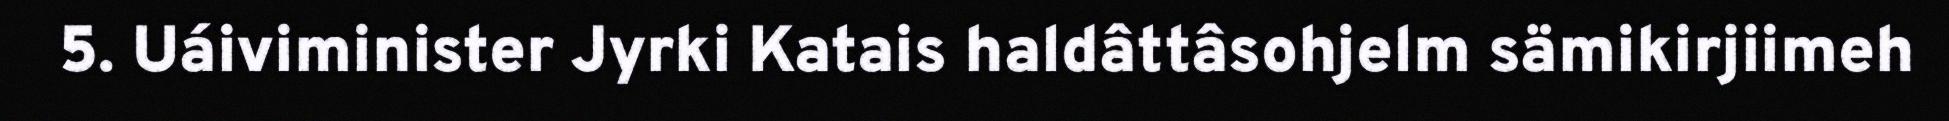
5. Uáiviminister Jyrki Katais haldâttâsohjelm sämikirjiimeh